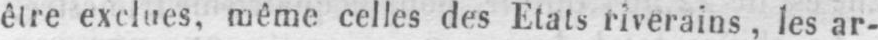
être exclues, même celles des Etats riverains, les ar-